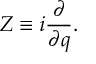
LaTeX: Z \equiv i \frac { \partial } { \partial q } .